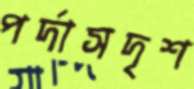
পর্দাসদৃশ